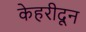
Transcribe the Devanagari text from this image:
केहरीदून